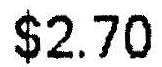
$2.70